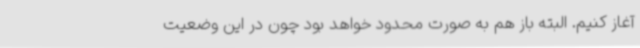
آغاز کنیم. البته باز هم به صورت محدود خواهد بود چون در این وضعیت